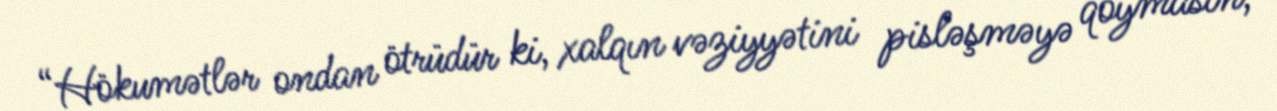
“Hökumətlər ondan ötrüdür ki, xalqın vəziyyətini pisləşməyə qoymasın,